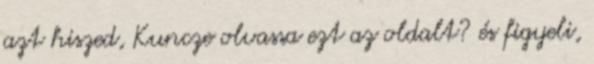
azt hiszed, Kuncze olvassa ezt az oldalt? és figyeli,